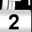
Digit: 2